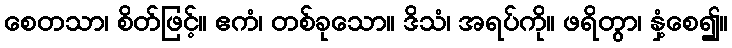
စေတသာ၊ စိတ်ဖြင့်။ ဧကံ၊ တစ်ခုသော။ ဒိသံ၊ အရပ်ကို။ ဖရိတွာ၊ နှံ့စေ၍။